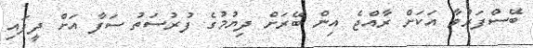
ބޭސްފަރުވާ އަކަށް ރާއްޖެ އިން ބޭރަށް ދިޔުމުގެ ފުރުސަތު ސަފާ އަށް ދީފައި